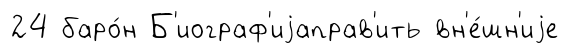
24 баро́н Б'иограф'иjаправ'ить вн'е́шн'иjе